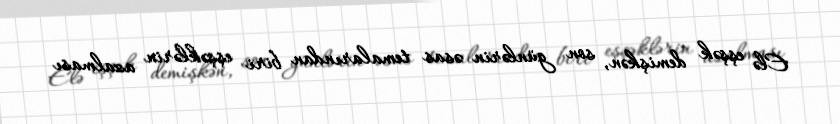
Elə eşşək demişkən, son günlərin əsas temalarından biri eşşəklərin azalması